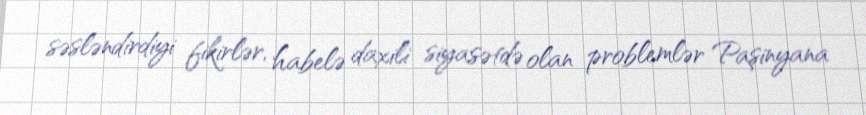
səsləndirdiyi fikirlər, habelə daxili siyasətdə olan problemlər Paşinyana